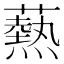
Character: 爇